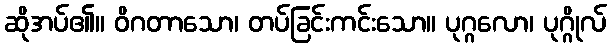
ဆိုအပ်၏။ ဝိဂတာသော၊ တပ်ခြင်းကင်းသော။ ပုဂ္ဂလော၊ ပုဂ္ဂိုလ်